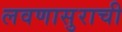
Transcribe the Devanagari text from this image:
लवणासुराची